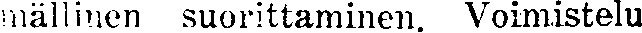
mällinen suorittaminen. Voimistelu